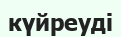
күйреуді